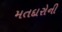
મતદારોની